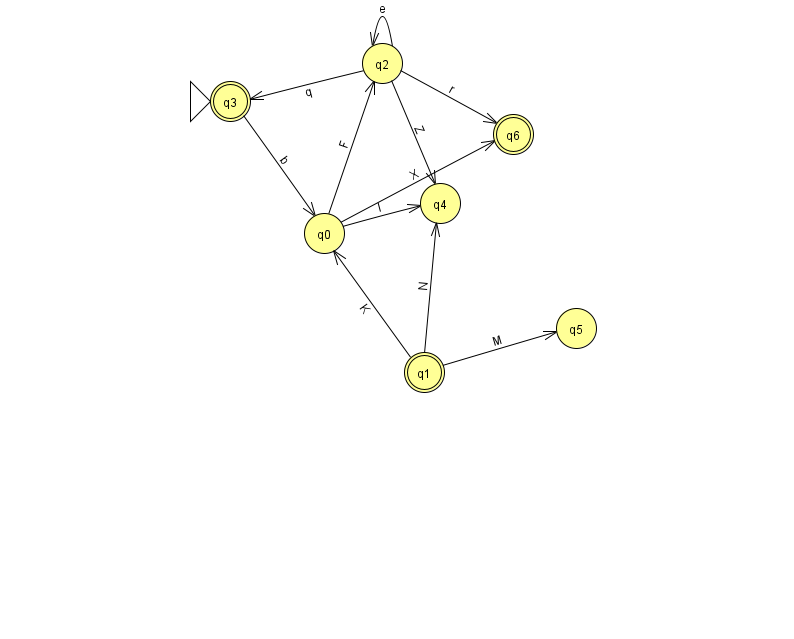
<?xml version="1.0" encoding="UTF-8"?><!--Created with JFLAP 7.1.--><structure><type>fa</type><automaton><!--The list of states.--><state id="0" name="q0"><x>324.0</x><y>220.0</y></state><state id="1" name="q1"><x>424.0</x><y>359.0</y><final/></state><state id="2" name="q2"><x>382.0</x><y>50.0</y></state><state id="3" name="q3"><x>230.0</x><y>88.0</y><initial/><final/></state><state id="4" name="q4"><x>440.0</x><y>190.0</y></state><state id="5" name="q5"><x>576.0</x><y>315.0</y></state><state id="6" name="q6"><x>513.0</x><y>121.0</y><final/></state><!--The list of transitions.--><transition><from>1</from><to>0</to><read>K</read></transition><transition><from>1</from><to>5</to><read>M</read></transition><transition><from>2</from><to>2</to><read>e</read></transition><transition><from>3</from><to>0</to><read>b</read></transition><transition><from>0</from><to>4</to><read>l</read></transition><transition><from>2</from><to>4</to><read>Z</read></transition><transition><from>2</from><to>6</to><read>r</read></transition><transition><from>0</from><to>6</to><read>X</read></transition><transition><from>1</from><to>4</to><read>N</read></transition><transition><from>0</from><to>2</to><read>F</read></transition><transition><from>2</from><to>3</to><read>q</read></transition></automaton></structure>